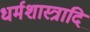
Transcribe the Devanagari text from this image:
धर्मशास्त्रादि